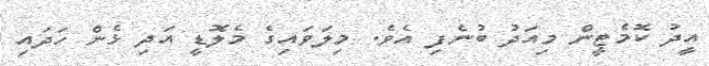
އީދު ކޮމެޓީން މިއަދު ބުނެފި އެވެ. މިލަވައިގެ މެލޮޑީ އަދި ޅެން ހަދައި